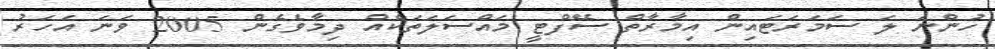
ހުންނަ ލަ ސަމަރަޓައިން އިމާރާތް ސޭފްޓީ މައްސަލަތަކެެއް ދިމާވެގެން 2005 ވަނަ އަހަރު